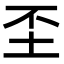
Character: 𡉤